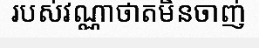
របស់វណ្ណាថាតមិនចាញ់